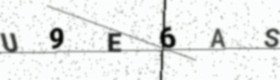
Text: U9E6AS